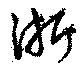
浙